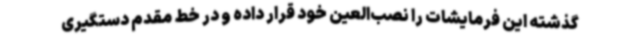
گذشته این فرمایشات را نصب‌العین خود قرار داده و در خط مقدم دستگیری